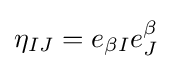
\eta _{IJ}=e_{\beta I}e_{J}^{\beta }